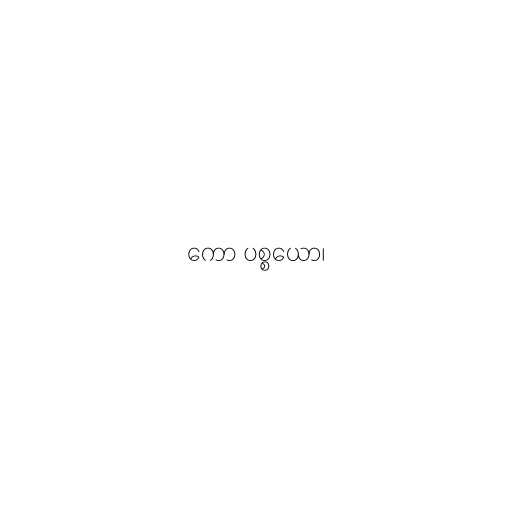
ကော ပစ္စယော၊